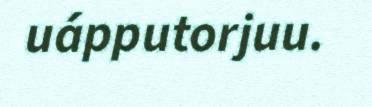
uápputorjuu.